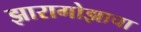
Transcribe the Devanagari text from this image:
झारागोझाचा